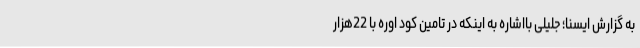
به گزارش ایسنا؛ جلیلی بااشاره به اینکه در تامین کود اوره با 22هزار